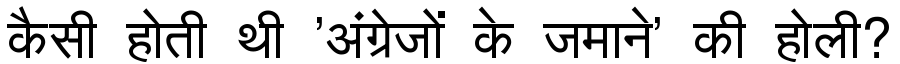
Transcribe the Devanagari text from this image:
कैसी होती थी 'अंग्रेजों के जमाने' की होली?